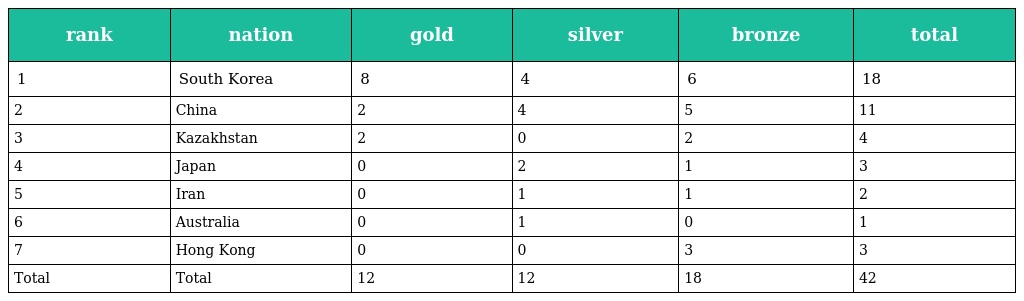
| rank | nation | gold | silver | bronze | total |
 | --- | --- | --- | --- | --- | --- |
 | 1 | South Korea | 8 | 4 | 6 | 18 |
 | 2 | China | 2 | 4 | 5 | 11 |
 | 3 | Kazakhstan | 2 | 0 | 2 | 4 |
 | 4 | Japan | 0 | 2 | 1 | 3 |
 | 5 | Iran | 0 | 1 | 1 | 2 |
 | 6 | Australia | 0 | 1 | 0 | 1 |
 | 7 | Hong Kong | 0 | 0 | 3 | 3 |
 | Total | Total | 12 | 12 | 18 | 42 |